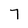
Character: 7